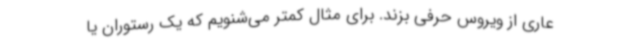
عاری از ویروس حرفی بزند. برای مثال کمتر می‌شنویم که یک رستوران یا